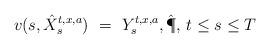
LaTeX: \begin{align*}v(s,\hat X_s^{t,x,a}) \ = \ Y_s^{t,x,a}, \hat\P,\,t\leq s\leq T\end{align*}